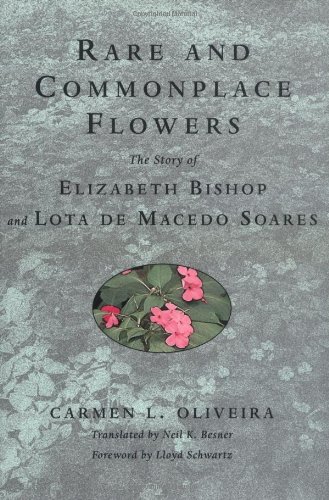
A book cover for Rare and Commonplace Flowers: The Story of Elizabeth Bishop and Lota de Macedo Soares; Carmen L. Oliveira; Gay & Lesbian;